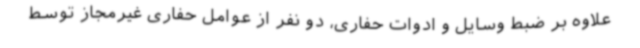
علاوه بر ضبط وسایل و ادوات حفاری، دو نفر از عوامل حفاری غیرمجاز توسط